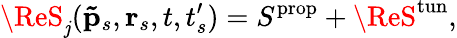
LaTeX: \ReS_{\mathit{j}}(\mathbf{{\tilde{{p}}}}_{s},\textbf{{r}}_{s},t,t_{s}^{\prime})=S^{\mathrm{{prop}}}+\ReS^{\mathrm{{tun}}},